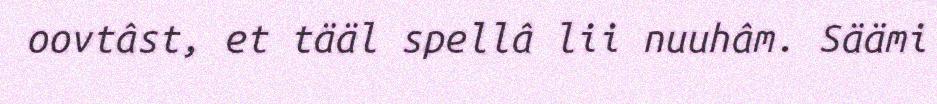
oovtâst, et tääl spellâ lii nuuhâm. Säämi